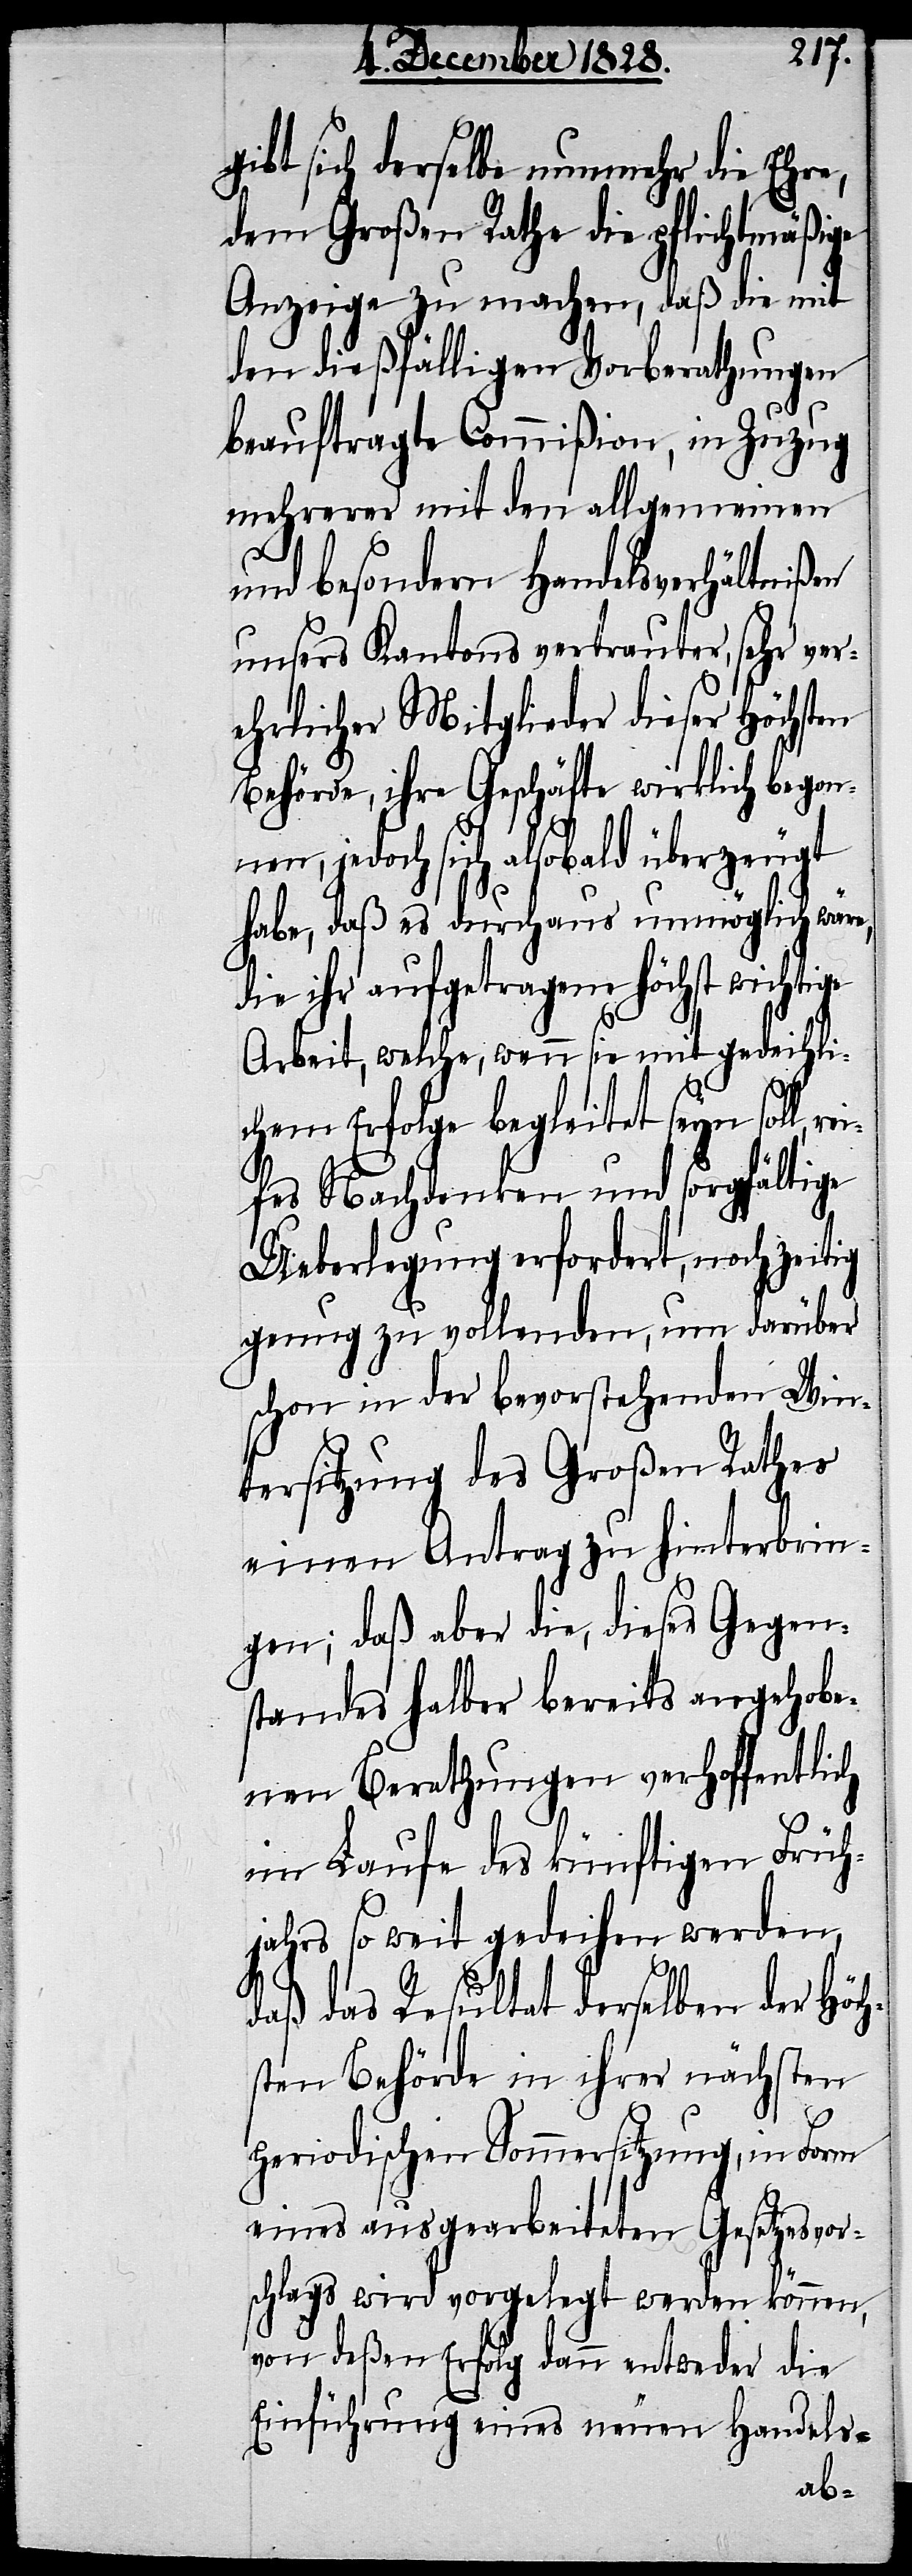
gibt sich derselbe nunmehr die Ehre,
dem Großen Rathe die pflichtmäßige
Anzeige zu machen, daß die mit
den dießfälligen Vorberathungen
beauftragte Commißion, in Zuzug
mehrerer mit den allgemeinen
rei¬
und besondern Handelsverhältnißen
unsers Kantons vertrauter, sehr ver¬
ehrlicher Mitglieder dieser Höchsten
Behörde, ihre Geschäfte wirklich begon¬
nen, jedoch sich alsobald überzeugt
habe, daß es durchaus unmöglich wär¬
ie ihr aufgetragene höchst
Arbeit, welche, wenn sie mit gedeihli¬
chem Erfolge begleitet seyn soll,
fes Nachdenken und sorgfältige
Ueberlegung erfordert, noch zeitig
genug zu vollenden, um darüber
schon in der bevorstehenden Win¬
tersitzung des Großen Rathes
einen Antrag zu hinterbrin¬
gen; daß aber die, dieses Gegen¬
standes halber bereits angehobe¬
nen Berathungen verhoffentlich
im Laufe des künftigen Früh¬
jahrs so weit gedeihen werden,
daß das Resultat derselben der Höch¬
sten Behörde in ihrer nächsten
periodischen Sommersitzung, in Form
eines ausgearbeiteten Gesetzesvor¬
schlags wird vorgelegt werden können,
von deßen Erfolg dann entweder die
Einführung eines neuen Handels-